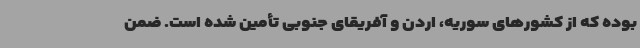
بوده که از کشورهای سوریه، اردن و آفریقای جنوبی تأمین شده است. ضمن